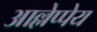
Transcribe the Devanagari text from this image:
आल्लेप्पेय